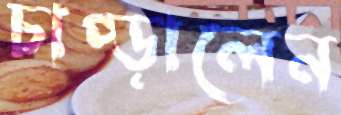
চাপ্‌ড়ালেন